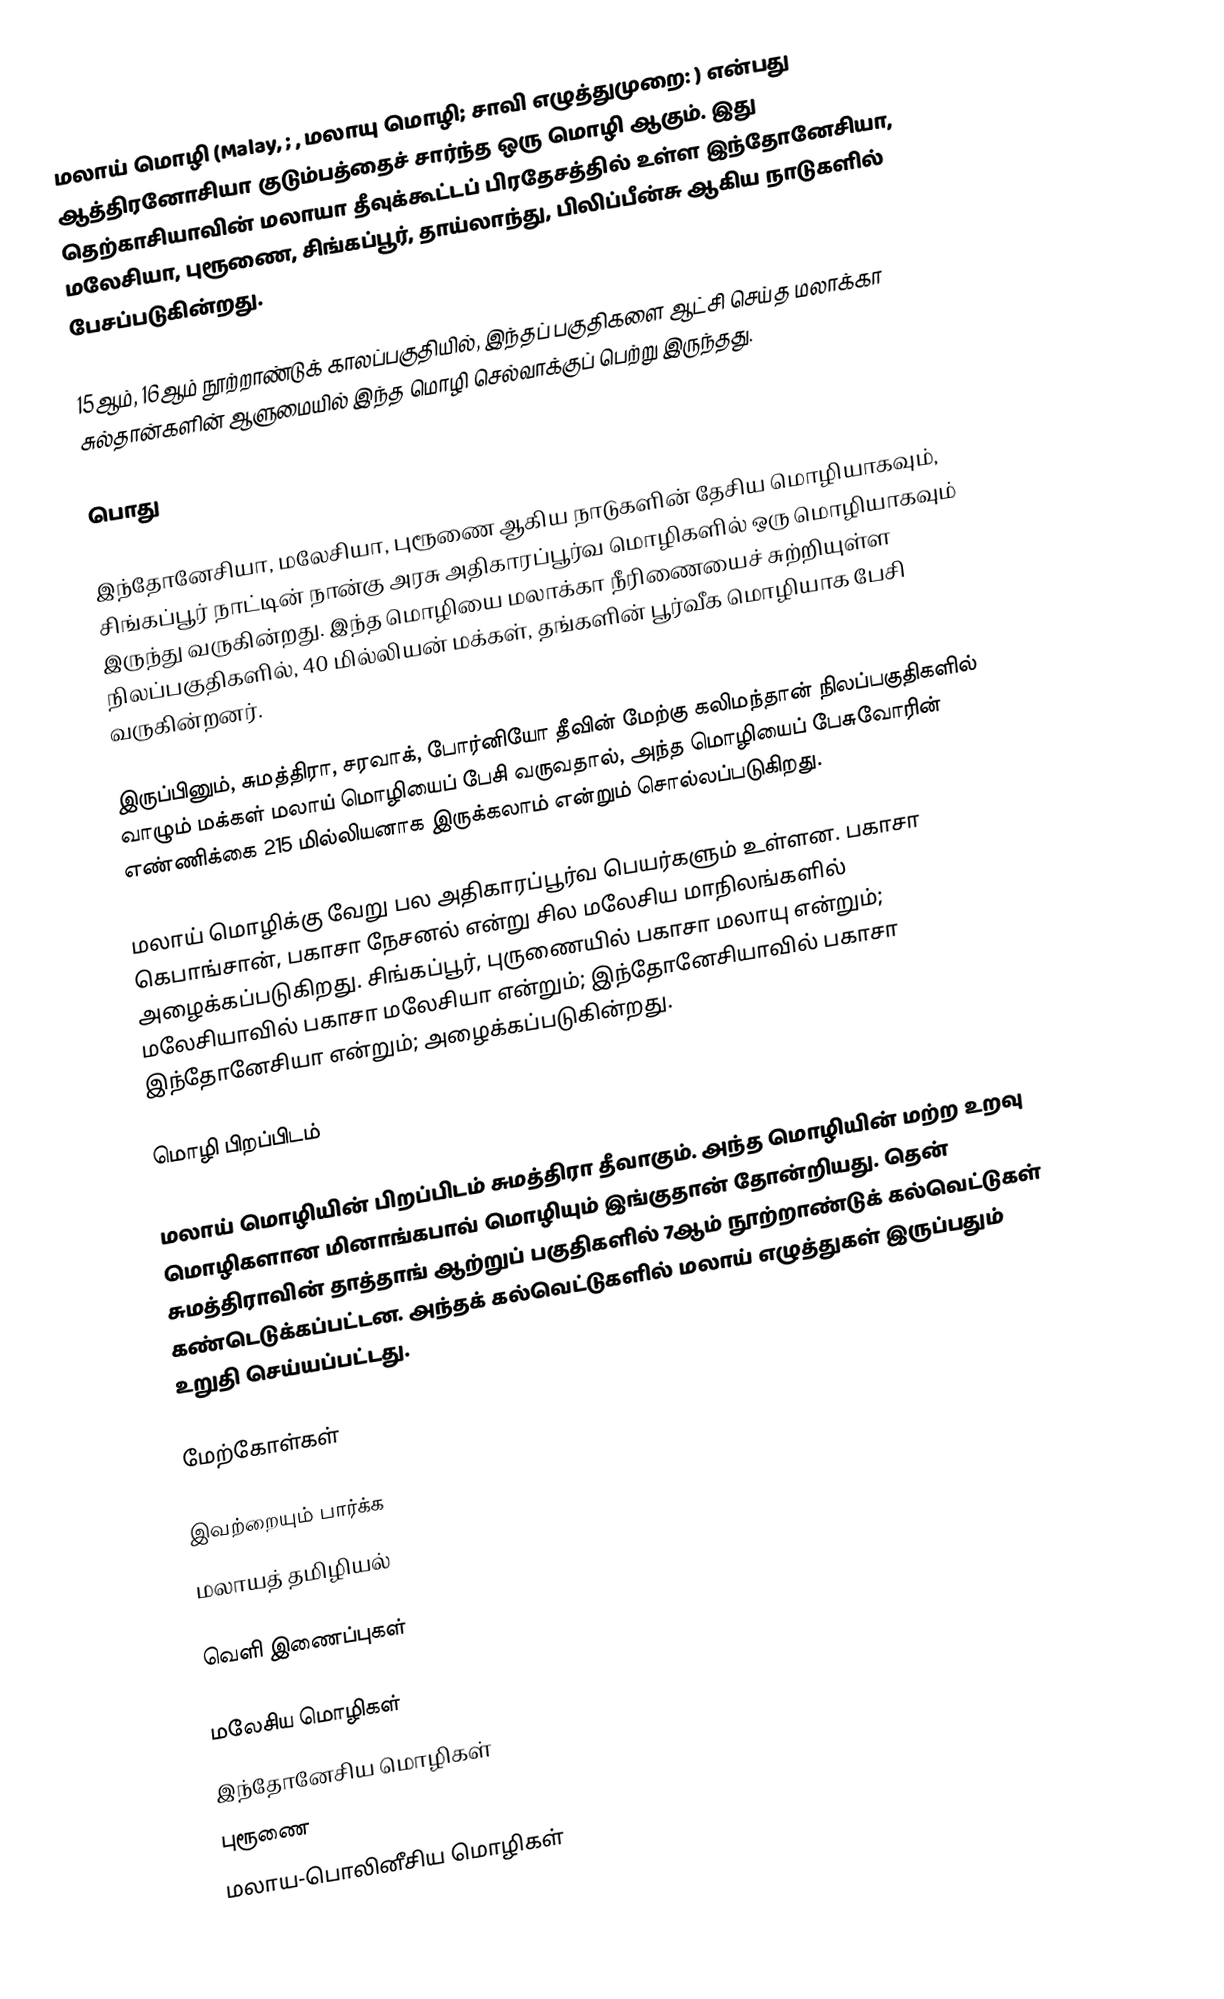
மலாய் மொழி (Malay, ; , மலாயு மொழி; சாவி எழுத்துமுறை: ) என்பது ஆத்திரனோசியா குடும்பத்தைச் சார்ந்த ஒரு மொழி ஆகும். இது தெற்காசியாவின் மலாயா தீவுக்கூட்டப் பிரதேசத்தில் உள்ள இந்தோனேசியா, மலேசியா, புரூணை, சிங்கப்பூர், தாய்லாந்து, பிலிப்பீன்சு ஆகிய நாடுகளில் பேசப்படுகின்றது.

15ஆம், 16ஆம் நூற்றாண்டுக் காலப்பகுதியில், இந்தப் பகுதிகளை ஆட்சி செய்த மலாக்கா சுல்தான்களின் ஆளுமையில் இந்த மொழி செல்வாக்குப் பெற்று இருந்தது.

பொது

இந்தோனேசியா, மலேசியா, புரூணை ஆகிய நாடுகளின் தேசிய மொழியாகவும், சிங்கப்பூர் நாட்டின் நான்கு அரசு அதிகாரப்பூர்வ மொழிகளில் ஒரு மொழியாகவும் இருந்து வருகின்றது. இந்த மொழியை மலாக்கா நீரிணையைச் சுற்றியுள்ள நிலப்பகுதிகளில், 40 மில்லியன் மக்கள், தங்களின் பூர்வீக மொழியாக பேசி வருகின்றனர்.

இருப்பினும், சுமத்திரா, சரவாக், போர்னியோ தீவின் மேற்கு கலிமந்தான் நிலப்பகுதிகளில் வாழும் மக்கள் மலாய் மொழியைப் பேசி வருவதால், அந்த மொழியைப் பேசுவோரின் எண்ணிக்கை 215 மில்லியனாக இருக்கலாம் என்றும் சொல்லப்படுகிறது.

மலாய் மொழிக்கு வேறு பல அதிகாரப்பூர்வ பெயர்களும் உள்ளன. பகாசா கெபாங்சான், பகாசா நேசனல் என்று சில மலேசிய மாநிலங்களில் அழைக்கப்படுகிறது. சிங்கப்பூர், புருணையில் பகாசா மலாயு என்றும்; மலேசியாவில் பகாசா மலேசியா என்றும்; இந்தோனேசியாவில் பகாசா இந்தோனேசியா என்றும்; அழைக்கப்படுகின்றது.

மொழி பிறப்பிடம்

மலாய் மொழியின் பிறப்பிடம் சுமத்திரா தீவாகும். அந்த மொழியின் மற்ற உறவு மொழிகளான மினாங்கபாவ் மொழியும் இங்குதான் தோன்றியது. தென் சுமத்திராவின் தாத்தாங் ஆற்றுப் பகுதிகளில் 7ஆம் நூற்றாண்டுக் கல்வெட்டுகள் கண்டெடுக்கப்பட்டன. அந்தக் கல்வெட்டுகளில் மலாய் எழுத்துகள் இருப்பதும் உறுதி செய்யப்பட்டது.

மேற்கோள்கள்

இவற்றையும் பார்க்க
 மலாயத் தமிழியல்

வெளி இணைப்புகள்

மலேசிய மொழிகள்
இந்தோனேசிய மொழிகள்
புரூணை
மலாய-பொலினீசிய மொழிகள்